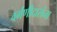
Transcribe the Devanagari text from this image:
वर्गणीदारांना